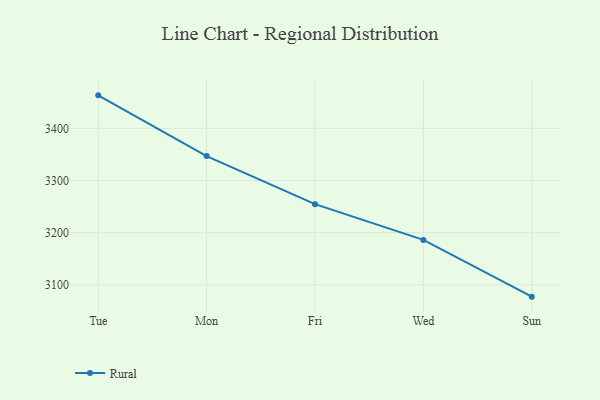
{"axis": {"x": "Day", "y": "Backlog"}, "legend": ["Rural"], "data": [{"x": "Tue", "y": 3463.5, "type": "Rural"}, {"x": "Mon", "y": 3346.9, "type": "Rural"}, {"x": "Fri", "y": 3254.6, "type": "Rural"}, {"x": "Wed", "y": 3186.0, "type": "Rural"}, {"x": "Sun", "y": 3077.0, "type": "Rural"}]}